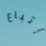
إتباع